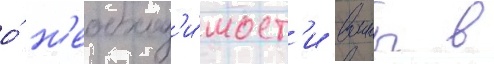
о́ н'еобход'и́мост'и воины в